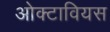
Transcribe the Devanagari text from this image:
ओक्टावियस